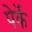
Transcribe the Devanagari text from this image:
पेर्के